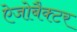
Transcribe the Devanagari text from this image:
ऐजोबैक्टर